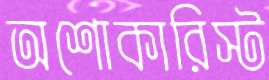
অশোকারিস্ট